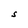
Character: S